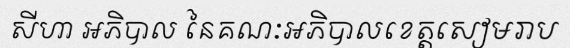
សីហា អភិបាល នៃគណៈអភិបាលខេត្តសៀមរាប